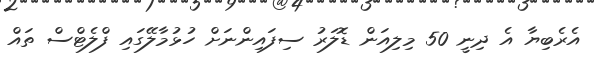
އެރެބިޔާ އެ ދިނީ 50 މިލިއަން ޑޮލަރު ސިފައިންނަށް ހުޅުމާލޭގައި ފްލެޓްސް ތައް